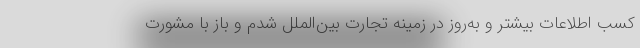
کسب اطلاعات بیشتر و به‌روز در زمینه تجارت بین‌الملل شدم و باز با مشورت